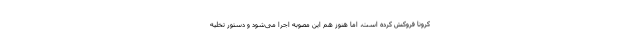
کرونا فروکش کرده است،‌ اما هنوز هم این مصوبه اجرا می‌شود و دستور تخلیه